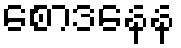
စောဒနေန